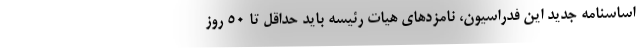
اساسنامه جدید این فدراسیون، نامزدهای هیات رئیسه باید حداقل تا ۵۰ روز